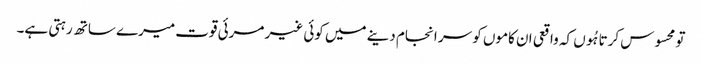
تو محسوس کرتا ہُوں کہ واقعی ان کاموں کو سر انجام دینے میں کوئی غیر مرئی قوت میرے ساتھ رہتی ہے۔